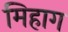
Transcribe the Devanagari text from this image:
मिहाग